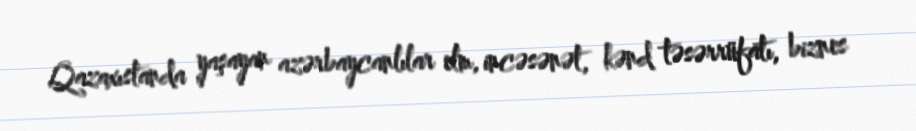
Qazaxıstanda yaşayan azərbaycanlılar elm, incəsənət, kənd təsərrüfatı, biznes